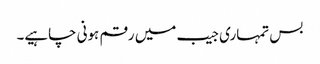
بس تمہاری جیب میں رقم ہونی چاہیے۔